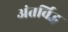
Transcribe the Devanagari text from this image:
अंतर्विद्ध